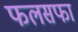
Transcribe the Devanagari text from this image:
फलसफा